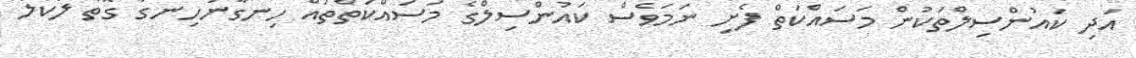
އަދި ކައުންސިލްތަކުން މަސައްކަތް ފެށި ނަމަވެސް ކައުންސިލްގެ މަސައްކަތްތައް ހިނގާނުހިނގާ ގޮތް ލޯކަލް